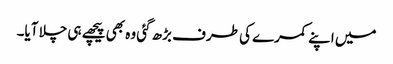
میں اپنے کمرے کی طرف بڑھ گئی وہ بھی پیچھے ہی چلا آیا۔